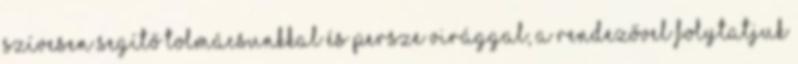
szívesen segítő tolmácsunkkal és persze Virággal, a rendezővel folytatjuk